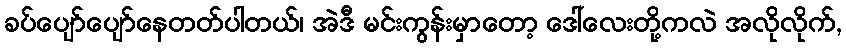
ခပ်ပျော်ပျော်နေတတ်ပါတယ်၊ အဲဒီ မင်းကွန်းမှာတော့ ဒေါ်လေးတို့ကလဲ အလိုလိုက်,